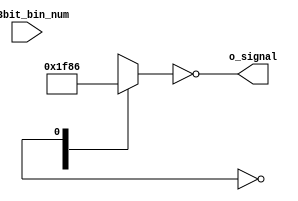
module Seven_segment_display_4bits (
    input [3:0] i_3bit_bin_num,
    output [6:0] o_signal
);
reg [6:0] r_out;

assign o_signal = ~r_out;

always @(i_4bit_bin_num)
begin
    case (i_4bit_bin_num)
        4'h0: r_out <= 7'b0111111;
        4'h1: r_out <= 7'b0000110;
        4'h2: r_out <= 7'b1011011;
        4'h3: r_out <= 7'b1001111;
        4'h4: r_out <= 7'b1100110;
        4'h5: r_out <= 7'b1101101;
        4'h6: r_out <= 7'b1111101;
        4'h7: r_out <= 7'b0000111;
        4'h8: r_out <= 7'b1111111;
        4'h9: r_out <= 7'b1101111;
        default: r_out <= 7'b0;
    endcase
    
end
endmodule